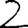
Digit: 2